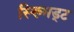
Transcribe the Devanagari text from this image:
स्ख्मिड्ट